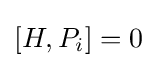
[H,P_{i}]=0